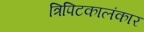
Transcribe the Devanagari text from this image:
त्रिपिटकालंकार